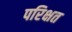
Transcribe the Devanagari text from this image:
परिक्षत